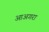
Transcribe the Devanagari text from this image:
आअगरा